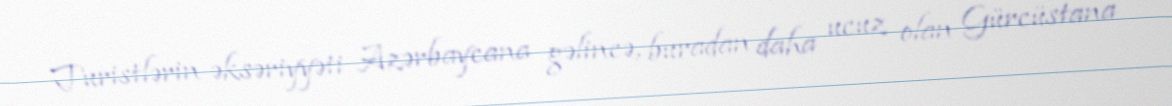
Turistlərin əksəriyyəti Azərbaycana gəlincə, buradan daha ucuz olan Gürcüstana